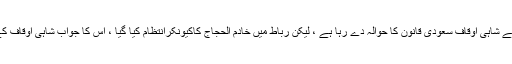
ادھر مکہ رباط میں سو سیٹوں کی کمی کیلئے شاہی اوقاف سعودی قانون کا حوالہ دے رہا ہے ، لیکن رباط میں خادم الحجاج کاکیونکرانتظام کیا گیا ، اس کا جواب شاہی اوقاف کے ذمہ داران دینے سے گریز کررہے ہیں ۔